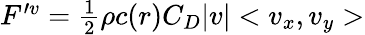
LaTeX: \begin{array}{r}{F^{\prime v}=\frac{1}{2}\rho c(r)C_{D}|v|<v_{x},v_{y}>}\end{array}